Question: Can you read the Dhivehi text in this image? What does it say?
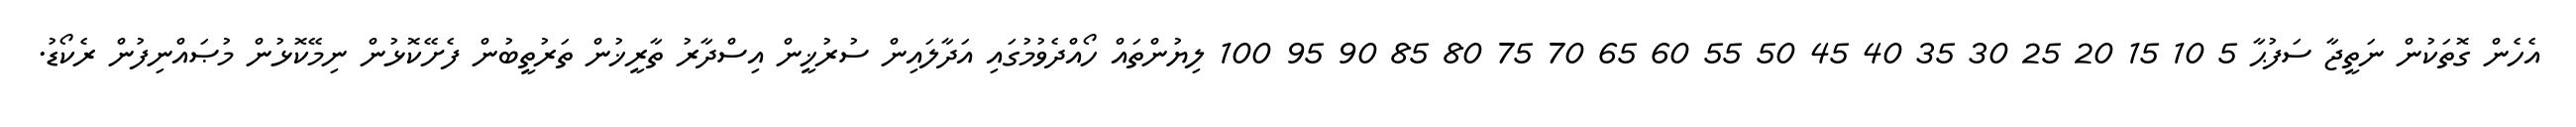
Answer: އެހެން ގޮތަކުން ނަތީޖާ ސަފުޙާ 5 10 15 20 25 30 35 40 45 50 55 60 65 70 75 80 85 90 95 100 ލިޔުންތައް ހޯއްދެވުމުގައި އަދާލައިން ސުރުޚީން އިސްދާރު ތާރީޚުން ތަރުތީބުން ފެށޭކޮޅުން ނިމޭކޮޅުން މުޞައްނިފުން ރެކޯޑު.